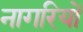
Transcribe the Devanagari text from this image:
नागरियों